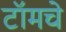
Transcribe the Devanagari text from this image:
टॉमचे